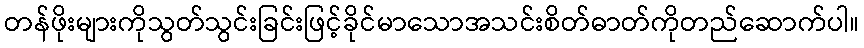
တန်ဖိုးများကိုသွတ်သွင်းခြင်းဖြင့်ခိုင်မာသောအသင်းစိတ်ဓာတ်ကိုတည်ဆောက်ပါ။